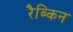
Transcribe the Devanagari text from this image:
रैब्किन